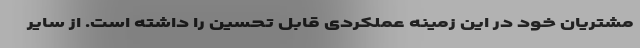
مشتریان خود در این زمینه عملکردی قابل تحسین را داشته است. از سایر